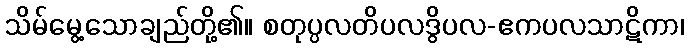
သိမ်မွေ့သောချည်တို့၏။ စတုပ္ပလတိပလဒွိပလ-ဧကပလသာဋိကာ၊